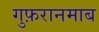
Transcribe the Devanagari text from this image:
गुफ़रानमाब